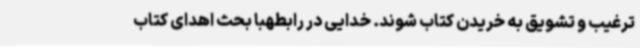
ترغیب و تشویق به خریدن کتاب شوند. خدایی در رابطهبا بحث اهدای کتاب